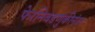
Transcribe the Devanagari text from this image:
फेरनिवडणुकीनंतर